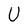
Character: U